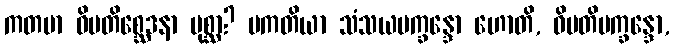
ကတမာ ဝိမတိစ္ဆေဒနာ ပုစ္ဆာ? ပကတိယာ သံသယပက္ခန္ဒော ဟောတိ, ဝိမတိပက္ခန္ဒော,